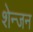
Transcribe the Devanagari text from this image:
शेन्जन